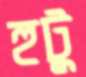
হুটু